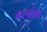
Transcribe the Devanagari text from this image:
बरबंक